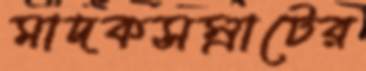
মাদকসম্রাটের